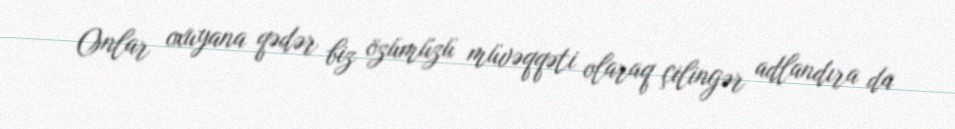
Onlar oxuyana qədər biz özümüzü müvəqqəti olaraq çilingər adlandıra da